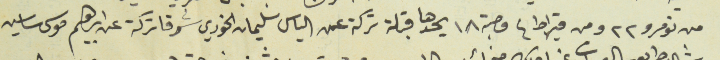
من نمرو ٢٢ ومن قيراط ٤ مصبة ١٨ يحدها قبلة تركة عن الياس سليمان الخوري شرقا تركة عن ابرهيم موسى ساسين